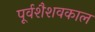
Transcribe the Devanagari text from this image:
पूर्वशैशवकाल